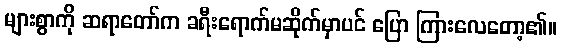
များစွာကို ဆရာတော်က ခရီးရောက်မဆိုက်မှာပင် ပြော ကြားလေတော့၏။